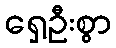
ရှေ့ဦးစွာ